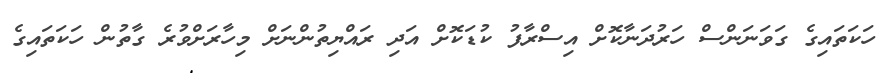
ހަކަތައިގެ ގަވަނަންސް ހަރުދަނާކޮށް އިސްރާފު ކުޑަކޮށް އަދި ރައްޔިތުންނަށް މިހާރަށްވުރެ ގާތުން ހަކަތައިގެ